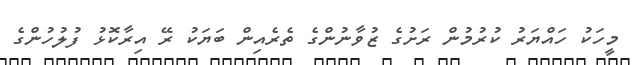
މީހަކު ހައްޔަރު ކުރުމުން ރަށުގެ ޒުވާނުންގެ ތެރެއިން ބަޔަކު ރޭ އިރާކޮޅު ފުލުހުންގެ